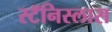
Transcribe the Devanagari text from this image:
स्टॅनिस्लास